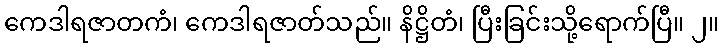
ကေဒါရဇာတကံ၊ ကေဒါရဇာတ်သည်။ နိဋ္ဌိတံ၊ ပြီးခြင်းသို့ရောက်ပြီ။ ၂။